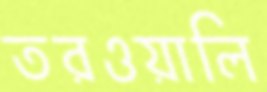
তরওয়ালি